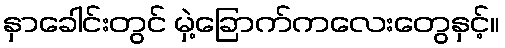
နှာခေါင်းတွင် မှဲ့ခြောက်ကလေးတွေနှင့်။